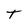
Character: T